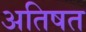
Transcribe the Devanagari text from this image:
अतिषत